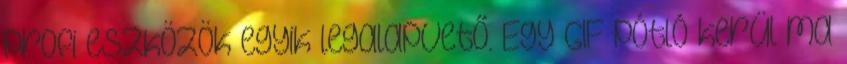
profi eszközök egyik legalapvető. Egy GIF pótló kerül ma